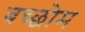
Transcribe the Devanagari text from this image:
बच्छोम